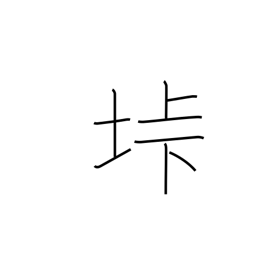
Meaning: mountain pass